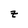
Character: z